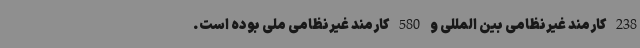
238 کارمند غیرنظامی بین المللی و 580 کارمند غیرنظامی ملی بوده است.